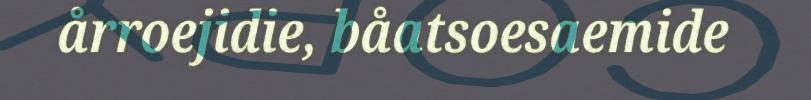
årroejidie, båatsoesaemide